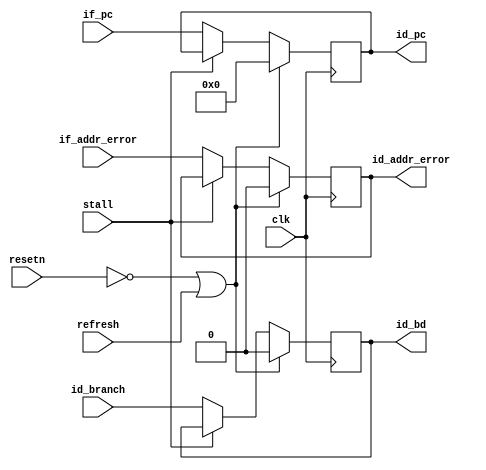
`timescale 1ns/1ps

module if_id_seg(
    input   clk,
    input   resetn,

    input   stall,      // *
    input   refresh,    // *

    input           id_branch,  // 
    input           if_addr_error,
    input [31:0]    if_pc,
    
    output reg          id_bd,  // * branch delay slot
    output reg          id_addr_error,
    output reg  [31:0]  id_pc
);

always @(posedge clk) begin
    if(!resetn || refresh) begin
        id_bd           <= 1'b0;
        id_addr_error   <= 1'b0;
        id_pc           <= 32'b0;
    end
    else if(!stall) begin
        id_bd           <= id_branch;
        id_addr_error   <= if_addr_error;
        id_pc           <= if_pc;
    end
end

endmodule